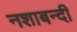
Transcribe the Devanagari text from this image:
नशाबन्दी